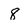
Character: 8